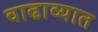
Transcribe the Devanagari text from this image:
वाढाव्यात